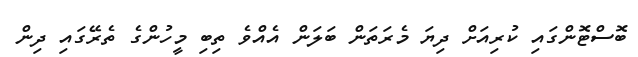
ބޮސްޓޮންގައި ކުރިއަށް ދިޔަ މެރަތަން ބަލަން އެއްވެ ތިބި މީހުންގެ ތެރޭގައި ދިން